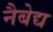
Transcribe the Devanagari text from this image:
नैबेद्य